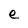
Character: e